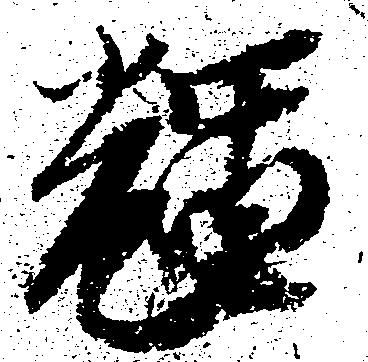
輝